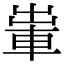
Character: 𨋡